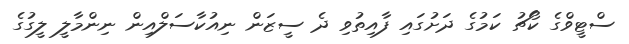
ސްޓީވްގެ ކޯޗު ކަމުގެ ދަށުގައި ފާއިތުވި ދެ ސީޒަން ނިއުކާސަލްއިން ނިންމާލީ ލީގުގެ